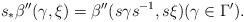
LaTeX: \begin{align*} s_\ast\beta''(\gamma,\xi)=\beta''(s\gamma s^{-1}, s\xi)(\gamma\in\Gamma').\end{align*}